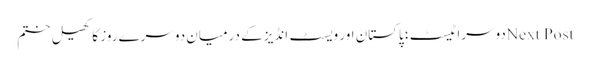
Next Postدوسرا ٹیسٹ؛ پاکستان اور ویسٹ انڈیز کے درمیان دوسرے روز کا کھیل ختم